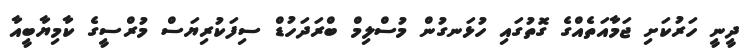
ދީނީ ހަރުކަށި ޖަމާއަތެއްގެ ގޮތުގައި ހުޅަނގުން މުސްލިމް ބްރަދަހުޑް ސިފަކުރިޔަސް މުރްސީގެ ކާމިޔާބީއާ